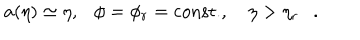
LaTeX: a ( \eta ) \simeq \eta , \phi = \phi _ { r } = \mathrm { c o n s t . } , ~ \eta > \eta _ { r } .